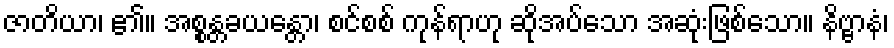
ဇာတိယာ၊ ၏။ အစ္စန္တခယန္တော၊ စင်စစ် ကုန်ရာဟု ဆိုအပ်သော အဆုံးဖြစ်သော။ နိဗ္ဗာနံ၊